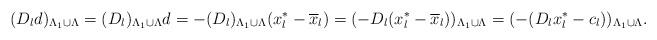
LaTeX: \begin{align*}(D_ld)_{\Lambda_1\cup\Lambda}=(D_l)_{\Lambda_1\cup\Lambda}d=-(D_l)_{\Lambda_1\cup\Lambda}(x_l^*-\overline{x}_l)=(-D_l(x_l^*-\overline{x}_l))_{\Lambda_1\cup\Lambda}=(-(D_lx_l^*-c_l))_{\Lambda_1\cup\Lambda}.\end{align*}